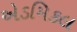
એડમિકલ